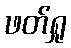
ဖတ်ရှု